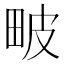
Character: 𤱍